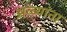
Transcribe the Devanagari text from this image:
अळ्यांना